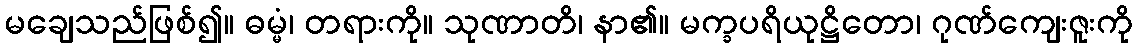
မချေသည်ဖြစ်၍။ ဓမ္မံ၊ တရားကို။ သုဏာတိ၊ နာ၏။ မက္ခပရိယုဋ္ဌိတော၊ ဂုဏ်ကျေးဇူးကို